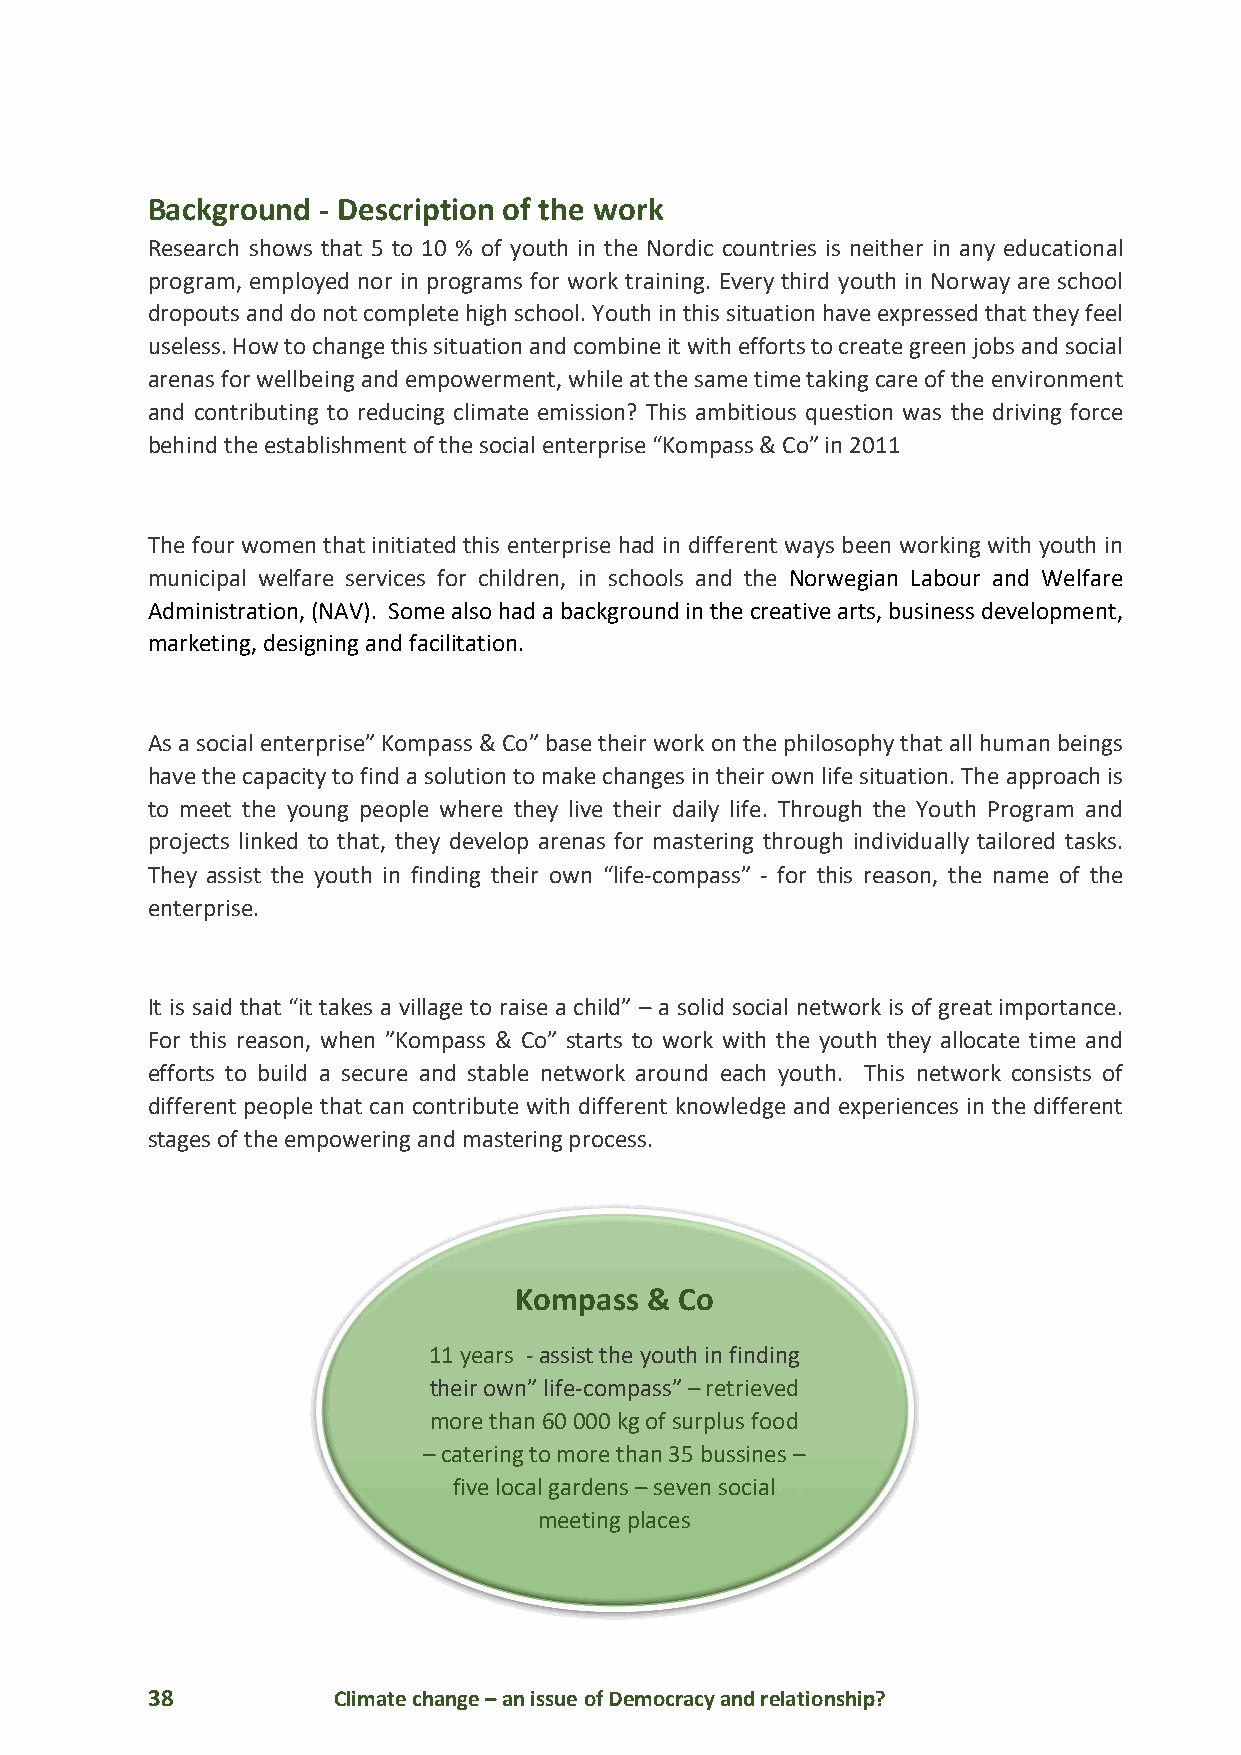
Background - Description of the work
 Research shows that 5 to 10 % of youth in the Nordic countries is neither in any educational
 program, employed nor in programs for work training. Every third youth in Norway are school
 dropouts and do not complete high school. Youth in this situation have expressed that they feel
 useless. How to change this situation and combine it with efforts to create green jobs and social
 arenas for wellbeing and empowerment, while at the same time taking care of the environment
 and contributing to reducing climate emission? This ambitious question was the driving force
 behind the establishment of the social enterprise “Kompass & Co” in 2011
 The four women that initiated this enterprise had in different ways been working with youth in
 municipal welfare services for children, in schools and the Norwegian Labour and Welfare
 Administration, (NAV). Some also had a background in the creative arts, business development,
 marketing, designing and facilitation.
 As a social enterprise” Kompass & Co” base their work on the philosophy that all human beings
 have the capacity to find a solution to make changes in their own life situation. The approach is
 to meet the young people where they live their daily life. Through the Youth Program and
 projects linked to that, they develop arenas for mastering through individually tailored tasks.
 They assist the youth in finding their own “life-compass” - for this reason, the name of the
 enterprise.
 It is said that “it takes a village to raise a child” – a solid social network is of great importance.
 For this reason, when ”Kompass & Co” starts to work with the youth they allocate time and
 efforts to build a secure and stable network around each youth. This network consists of
 different people that can contribute with different knowledge and experiences in the different
 stages of the empowering and mastering process.
 Kompass  & Co
 11 years - assist the youth in finding
 their own” life-compass” – retrieved
 more than 60 000 kg of surplus food
 – catering to more than 35 bussines –
 five local gardens – seven social
 meeting places
 38          Climate change – an issue of Democracy and relationship?